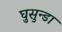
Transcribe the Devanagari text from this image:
घुसुन्डा